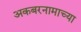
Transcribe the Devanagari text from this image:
अकबरनामाच्या